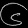
Digit: ၆